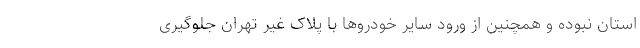
استان نبوده و همچنین از ورود سایر خودروها با پلاک غیر تهران جلوگیری